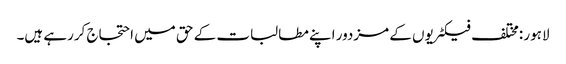
لاہور :مختلف فیکٹریوں کے مزدور اپنے مطالبات کے حق میں احتجاج کررہے ہیں۔